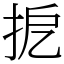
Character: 㧖